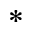
{ \ast }